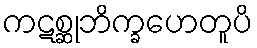
ကဋစ္ဆုဘိက္ခဟေတူပိ